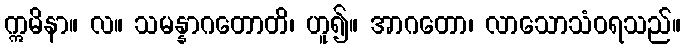
ဣမိနာ။ လ။ သမန္နာဂတောတိ၊ ဟူ၍။ အာဂတော၊ လာသောသံဝရသည်။